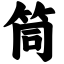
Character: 筒